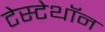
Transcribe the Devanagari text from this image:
टेस्टेथॉन